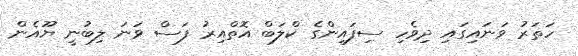
ހަތަރު ވަނައިގައި ދިވެހި ސިފައިންގެ ކްލަބް އޮތްއިރު ފަސް ވަނަ ލިބުނީ ޔޫއެން